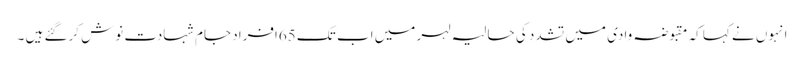
انہوں نے کہا کہ مقبوضہ وادی میں تشدد کی حالیہ لہر میں اب تک 65افراد جام شہادت نوش کرگئے ہیں ۔